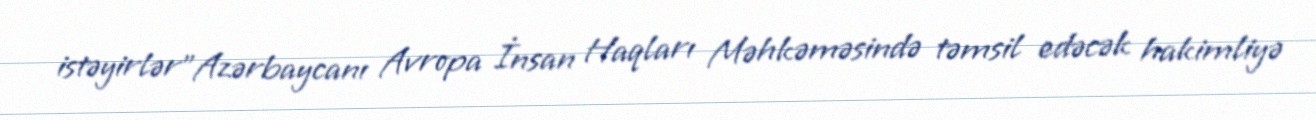
istəyirlər”Azərbaycanı Avropa İnsan Haqları Məhkəməsində təmsil edəcək hakimliyə